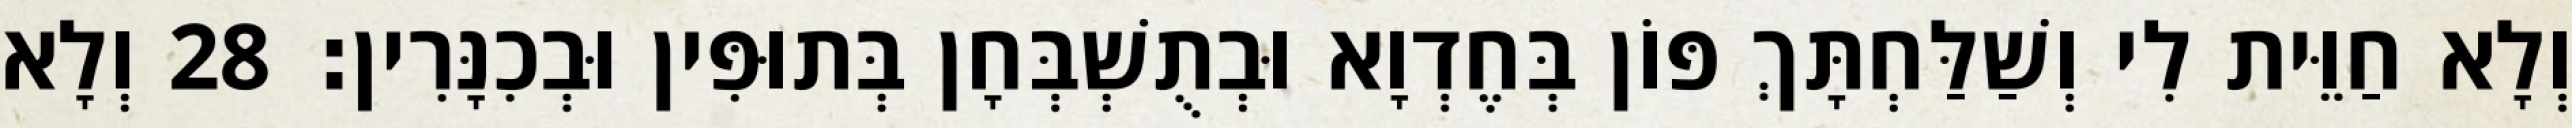
וְלָא חַוֵּית לִי וְשַׁלַּחְתָּךְ פּוֹן בְּחֶדְוָא וּבְתֻשְׁבְּחָן בְּתוּפִּין וּבְכִנָּרִין׃ 28 וְלָא